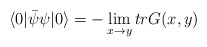
\begin{align*}\langle 0 | {\bar {\psi}} \psi | 0 \rangle = - \lim_{x \rightarrow y} tr G(x,y)\end{align*}